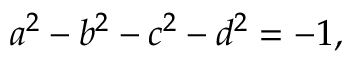
a ^ { 2 } - b ^ { 2 } - c ^ { 2 } - d ^ { 2 } = - 1 ,